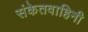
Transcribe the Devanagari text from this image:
संकेतवाहिनी